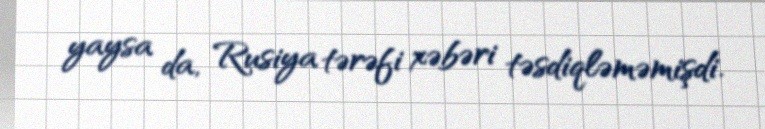
yaysa da, Rusiya tərəfi xəbəri təsdiqləməmişdi.